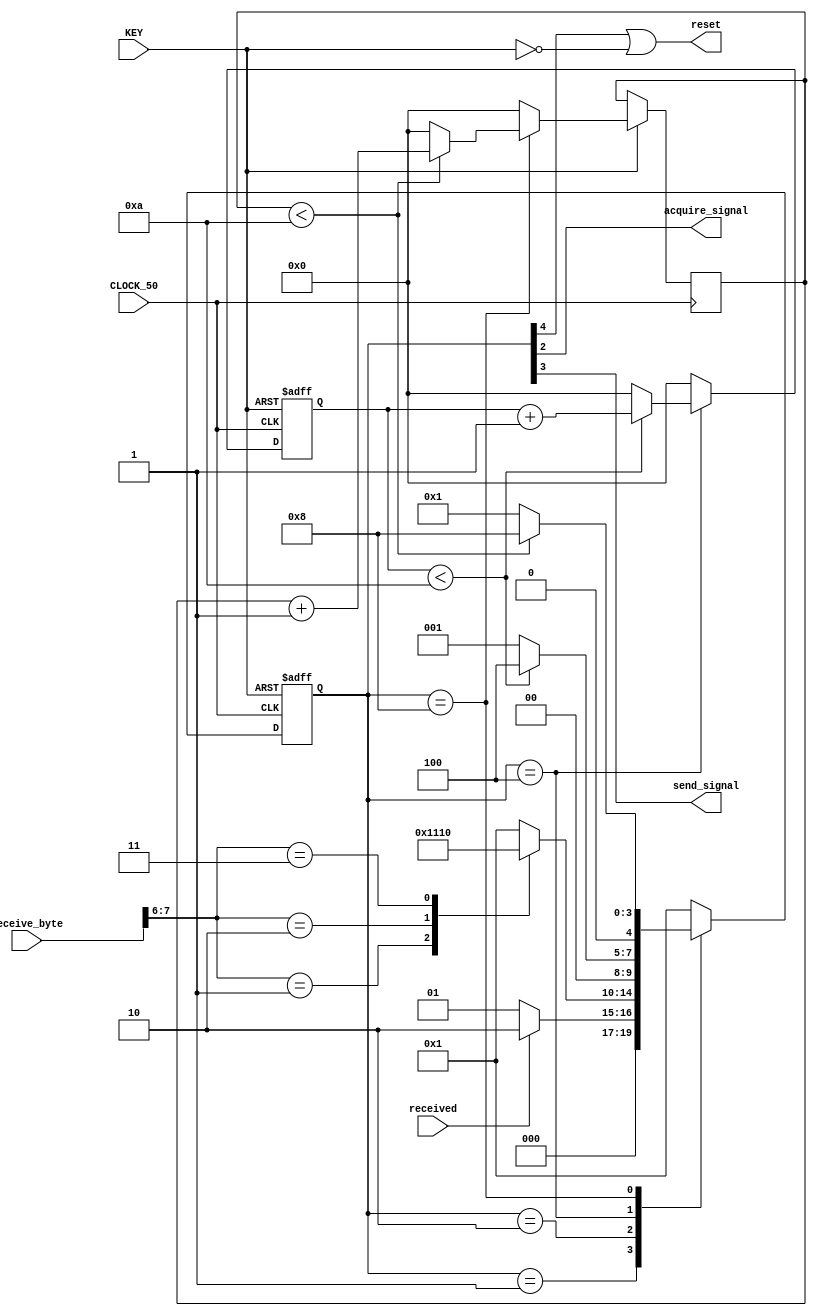
// Master FSM evaluates the word sent from the computer as an instruction to either:
// 1) Go idle
// 2) Receive instructions from computer
// 3) Acquire the reservoir dynamics to memory 
// 4) Send the memory content to the computer

module master_fsm(CLOCK_50, KEY, received, receive_byte, acquire_signal, send_signal, reset);


// Parameters
parameter idle = 5'b00001, RCVD = 5'b00010, acquire = 5'b00100, send = 5'b01000, rst = 5'b10000;


// Internal elements
input CLOCK_50;
input [0:0] KEY;
input received;
input [7:0] receive_byte;

output acquire_signal;
output send_signal;
output reset;

reg [4:0] state;
reg [5:0] count1;
reg [5:0] count2;

wire hardware_reset;

assign acquire_signal = state[2];
assign send_signal = state[3];
assign hardware_reset = ~KEY[0];
assign reset = state[4] | hardware_reset;


// The finite state machine
always @(posedge CLOCK_50 or posedge hardware_reset)
begin
   if (hardware_reset)
		begin
         state <= idle;
			count1 <= 0;
		end
   else
		begin
			case (state)
				idle:
					begin
						count1 <= 0;
						count2 <= 0;
						if (received)
							begin
								state <= RCVD;
							end
						else
							begin
								state <= idle;
							end
					end
				RCVD:
					begin
						count1 <= 0;
						count2 <= 0;
						case (receive_byte[7:6])
							2'b01: state <= acquire;
							2'b10: state <= send;
							2'b11: state <= rst;
						default: 
								state <= idle;
						endcase
					end
				acquire:
					begin
						if (count1 < 10)
							begin
								state <= acquire;
								count1 <= count1 + 1;
								count2 <= 0;
							end
						else 
							begin
								state <= idle;
								count1 <= 0;
								count2 <= 0;
							end
					end
				send:
					begin
						if (count2 < 10)
							begin
								state <= send;
								count1 <= 0;
								count2 <= count2 + 1;
							end
						else
							begin
								state <= idle;
								count1 <= 0;
								count2 <= 0;
							end
					end
				rst:
					begin
						state <= idle;
						count1 <= 0;
						count2 <= 0;
					end
				default:
					begin
						state <= idle;
						count1 <= 0;
						count2 <= 0;
					end
			endcase
		end
end

endmodule